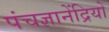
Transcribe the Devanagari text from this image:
पंचज्ञानेंद्रियों